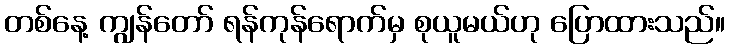
တစ်နေ့ ကျွန်တော် ရန်ကုန်ရောက်မှ စုယူမယ်ဟု ပြောထားသည်။